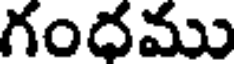
గందము